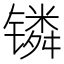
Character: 𬭸